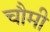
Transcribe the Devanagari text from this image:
चौमी